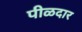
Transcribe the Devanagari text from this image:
पीळदार